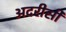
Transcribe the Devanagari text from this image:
अदरीसी